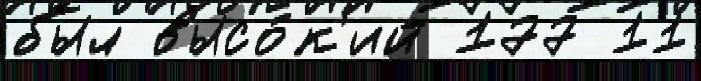
был высо́к'ий 177 11